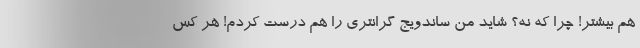
هم بیشتر! چرا که نه؟ شاید من ساندویج گرانتری را هم درست کردم! هر کس